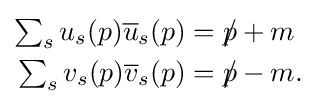
{\begin{aligned}\textstyle \sum _{s}\displaystyle u_{s}(p){\overline {u}}_{s}(p)&={p\!\!\!/}+m\\\textstyle \sum _{s}\displaystyle v_{s}(p){\overline {v}}_{s}(p)&={p\!\!\!/}-m.\end{aligned}}